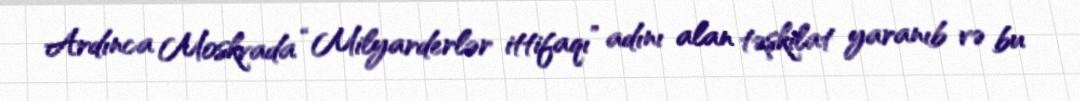
Ardınca Moskvada “Milyarderlər ittifaqı” adını alan təşkilat yaranıb və bu